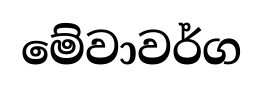
මේවාවර්ග